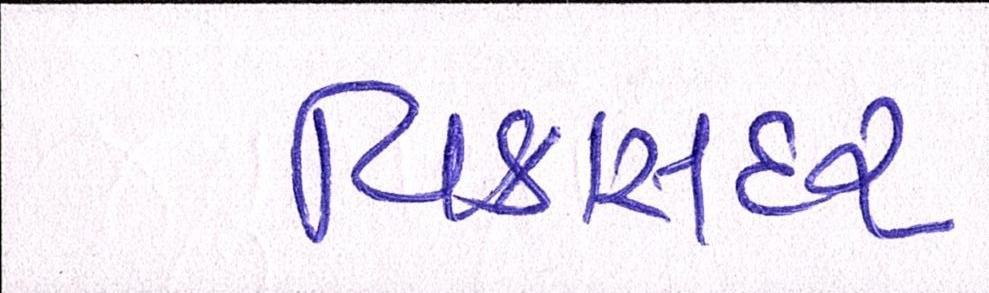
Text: વિકાસદર